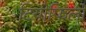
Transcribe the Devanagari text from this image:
टियोफिलो